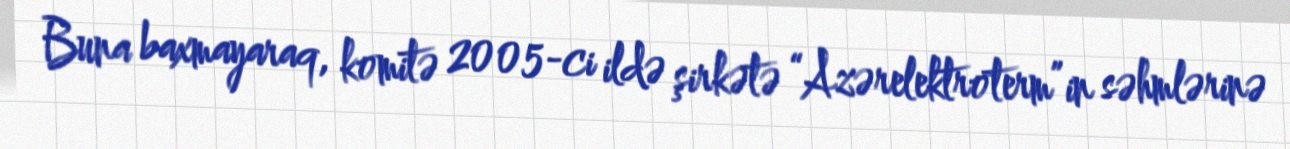
Buna baxmayaraq, komitə 2005-ci ildə şirkətə “Azərelektroterm”in səhmlərinə